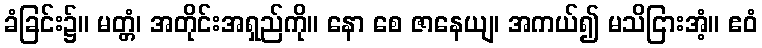
ခံခြင်း၌။ မတ္တံ၊ အတိုင်းအရှည်ကို။ နော စေ ဇာနေယျ၊ အကယ်၍ မသိငြားအံ့။ ဧဝံ